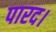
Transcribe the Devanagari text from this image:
पारद।